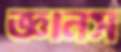
জ্ঞানস